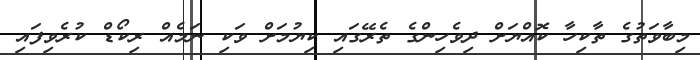
މިބާވަތުގެ ތާކިހާ ކޮއްޔަށް ދިވެހިންގެ ތެރޭގައި ކިޔުމަށް ވަކި ނަމެއް ރިކޯޑް ކުރެވިފައި